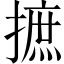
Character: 摭